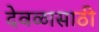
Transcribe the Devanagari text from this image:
देवळासाठी